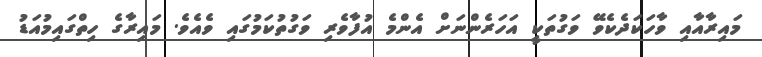
މައިރާއާއި ވާހަކަދެކެވޭ ވަގުތަކީ އަހަރެންނަށް އެންމެ އުފާވެރި ވަގުތުކަމުގައި ވެއެވެ. މައިރާގެ ހިތްގައިމުއަޑު